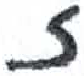
אות: ז